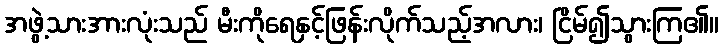
အဖွဲ့သားအားလုံးသည် မီးကိုရေနှင့်ဖြန်းလိုက်သည့်အလား၊ ငြိမ်၍သွားကြ၏။